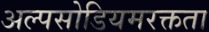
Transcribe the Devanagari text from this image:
अल्पसोडियमरक्तता